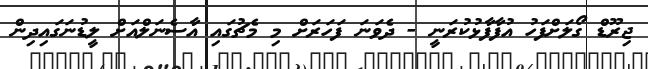
ޖިރޫޑް ގޯލަށްފަހު އުފާފާޅުކުރަނީ - ދެވަނަ ފަހަރަށް މި މެޗުގައި އާސެނަލްއަށް ލީޑުނަގައިދިން